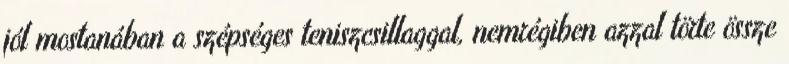
jól mostanában a szépséges teniszcsillaggal, nemrégiben azzal törte össze